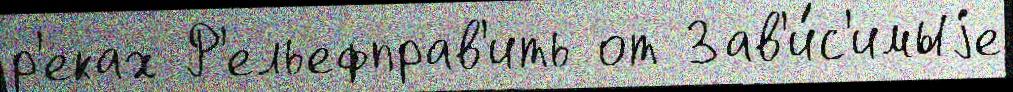
р'еках Р'ельефправ'ить от Зав'и́с'имыjе